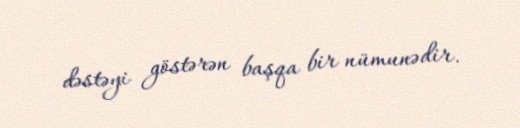
dəstəyi göstərən başqa bir nümunədir.